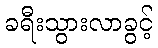
ခရီးသွားလာခွင့်